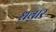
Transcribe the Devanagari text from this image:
धवार